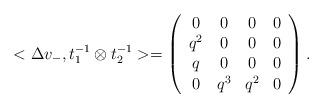
LaTeX: \begin{align*}<\Delta v_{-},t_{1}^{-1} \otimes t_{2}^{-1}>= \left(\begin{array}{cccc}0&0&0&0\\q^{2}&0&0&0\\q&0&0&0\\0&q^{3}&q^{2}&0\end{array}\right).\end{align*}